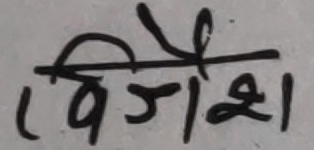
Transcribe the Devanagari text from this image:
विजेशै